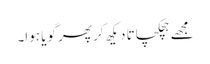
مجھے ہچکچاتا دیکھ کر پھر گویا ہوا۔